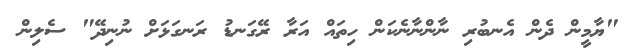
"ޔާމީން ދެން އެނބުރި ނާންނާނެކަން ހިތައް އަރާ ރޭގަނޑު ރަނގަޅަށް ނުނިދޭ" ސެލިން